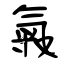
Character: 糓